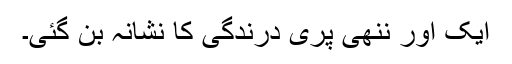
ایک اور ننھی پری درندگی کا نشانہ بن گئی۔